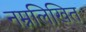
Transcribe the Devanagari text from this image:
नम्नलिखित